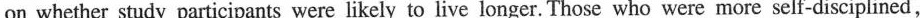
on whether study participants were likely to live longer. Those who were more self-disciplined,